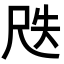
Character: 𡱛